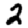
Digit: 2